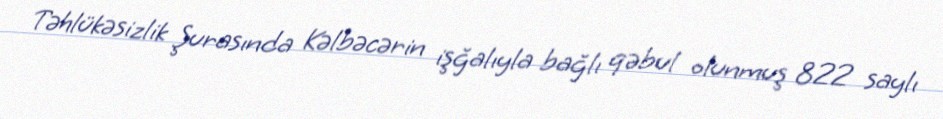
Təhlükəsizlik Şurasında Kəlbəcərin işğalıyla bağlı qəbul olunmuş 822 saylı